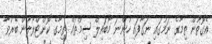
އެގޮތުން ތިމާގެ ނަމުގައި ނަގާފައި ހުންނަ މޯބައިލް ސިމްތައް ތިމާގެ ކޮންޓްރޯލުން ބޭރުވާ